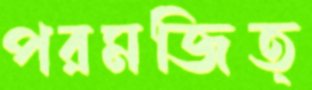
পরমজিত্